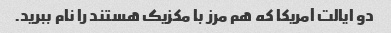
دو ایالت آمریکا که هم مرز با مکزیک هستند را نام ببرید.